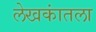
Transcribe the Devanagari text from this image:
लेखकांतला